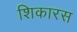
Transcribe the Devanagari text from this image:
शिकारस